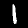
Digit: 1